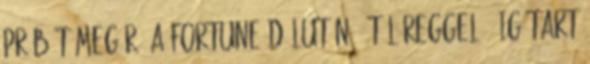
próbát megér. A Fortune délután 6-tól reggel 6-ig tart